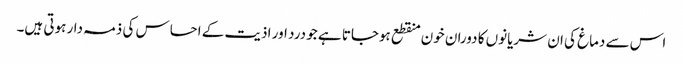
اس سے دماغ کی ان شریانوں کا دوران خون منقطع ہوجاتا ہے جو درد اور اذیت کے احساس کی ذمہ دار ہوتی ہیں۔